Report on horse surra - Volume II, Part I
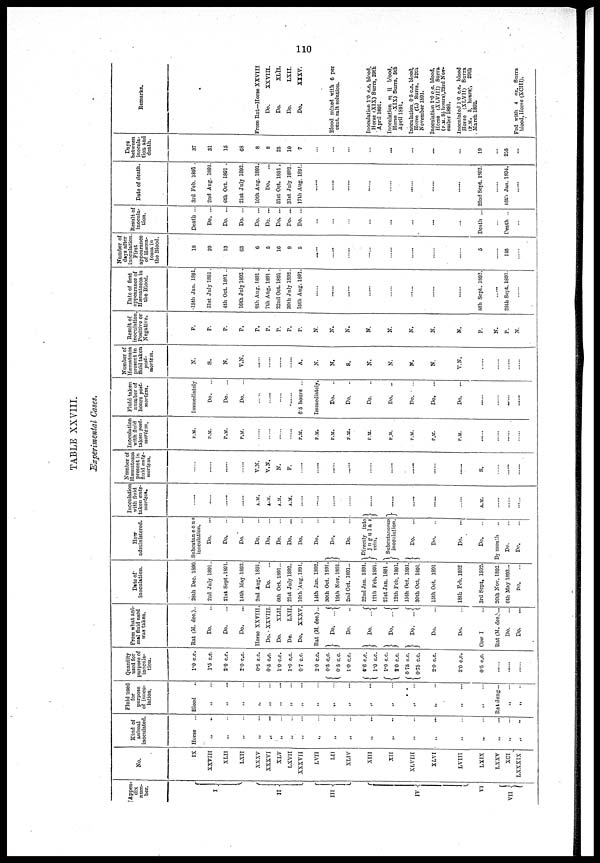
110
TABLE XXVIII.
Experimental Cases.
Appen-
dix
num-
ber.
I{
II {
III{
IV {
VI
VII {
No.
IX
XXVIII
XLII
LXII
XXXV
XXXVI
XLV
LXVII
XXXVII
LVII
LII
XLIV
XIII
XII
XLVIII
XLVI
LVIII
LXIX
LXXV
XCI
LXXXIX
Kind of
animal
inoculated.
Horse
„
„
„
„
„
„
„
„
„
„
,.
.,
„
„
„
„
„
„
„
„
Fluid used
for
purpose
of inocu-
lation.
Blood
„
„
„
„
„
„
„
„
„
„
„
„
„
„
„
„
„
Rat dung...
„
...
„
Quantity
used for
purpose of
inocula-
tion.
1.0 c.c.
1.5 c.c.
2.0 c.c.
2.0 c.c.
0.5 c.c.
0.5 c.c.
1.0.c.c,
1.0 c.c.
0.7 c.c.
2.0 c.c.
{ 0.5 c.c.
0.5 c.c.
1.0 c.c.
0.6 c.c.
{ 1.0 c.c.
{ 1.0 c.c.
2.0 c.c.
{0 75 c.c.
0.75 c.c.
2.0 c.c.
2.0 c.c.
0.5 c.c.
....
From what ani-
mal fluid used
was taken.
Rat (M. dec.)..
Do.
Do.
Do.
Horse XXVIII.
Do. XXVIII.
Do.
XLII.
Do.
LXII.
Do. XXXV.
Rat (M. dec.)...
} Do. ... {
Do.
} Do. ...{
} Do. ...{
} Do. ...{
Do.
Do.
Cow I ...
Rat(M. dec.)...
Do.
Do.
Date of
inoculation.
28th Dec. 1890.
2nd July 1891..
21st Sept. 1891.
14th May.1892.
2nd Aug. 1891.
Do.
6th Oct. 1891...
21st July 1892..
10th Aug. 1891,
14th Jan. 1892.
30th Oct. 1891.
19th Nov. 1891.
2nd Oct. 1891...
22nd Jan. 1891.
12th Feb. 1891.
21st Jan. 1891.
12th Feb. 1891.
15th Oct. 1891.
30th Oct. 1891.
15th Oct. 1891
18th Feb. 1892
3rd Sept. 1892.
20th Nov. 1892.
6th May 1893...
Do.
How
administered.
Subcutan eous
inoculation.
Do.
Do.
Do.
...
Do.
Do.
Do.
Do.
Do.
Do.
} Do.
Do.
Directly into
} jugular
} vein.
} Subcutaneous
inoculation.
}
Do.
Do.
Do.
Do.
By mouth
Do.
Do.
Inoculation
with fluid
taken ante-
mortem.
A.M.
A.M.
A.M.
A.M.
}
}
A.M.
...
...
Number of
Hæmatozoa
present in
fluid ante-
mortem.
V.N.
V.N.
N.
F.
......
S.
...
....
...
Inoculation
with fluid
taken post-
mortem.
P.M.
P.M.
P.M.
P.M.
P.M.
P.M.
P.M.
P.M.
P.M.
P.M.
P.M.
P.M.
P.M.
....
...
....
Fluid taken
number of
hours post-
mortem.
Immediately
Do.
..
Do.
Do.
6.5 hours ...
Immediately.
Do.
Do.
Do.
Do.
Do.
Do.
...
Do.
...
....
...
...
Number of
Hæmatozoa
present in
fluid taken
post-
mortem.
N.
S.
N.
V.N.
A.
N.
N.
S.
N.
N.
N.
N.
V.N.
...
...
...
Result of
inoculation
Positive or
Negative.
P.
P.
P.
P.
P.
P.
P.
P.
P.
N.
N.
N.
N.
N.
N.
N.
N.
P.
N.
P.
N.
Date of first
appearance of
Hæmatozoa in
the Blood.
15th Jan. 1891
31st July 1891.
4th Oct. 1801 ..
16th July 1892 .
8th Aug. 1891 .
7th Aug. 1891 .
22nd Oct. 1891.
30th July 1892.
15 th Aug. 1891.
.....
......
......
......
.....
......
8th Sept. 1892.
......
28th Sept. 1893.
Number of
days after
inoculation
First
appearance
of Hæma-
tozoa in
the Blood.
18
29
13
63
6
5
16
9
5
......
......
......
......
......
......
5
145
Result of
inocula-
tion.
Death ..
Do. ...
Do. ...
Do. ...
Do. ...
Do. ...
Do. ...
Do. ...
Do. ...
.....
.....
......
.....
.....
......
.......
Death ...
Death ..
Date of death.
3rd Feb. 1891
2nd Aug. 1891.
6th Oct. 1891 .
21st July 1892.
10th Aug. 1891.
Do.
31st Oct. 1891.
31st July 1892.
17th Aug. 1891.
.....
......
.....
......
.
22nd Sept. 1892.
16th Jan. 1894.
......
Days
between
inocula-
tion and
death.
37
31
15
68
8
8
25
10
7
...
...
...
...
...
...
...
...
19
255
...
Remarks.
From Rat—Horse XXVIII
Do.
XXVIII.
Do.
XLII.
Do.
LXII.
Do.
XXXV.
Blood mixed with 6 per
cent. salt solution.
Inoculation 1.0 c.c. blood,
Horse (XIX) Surra, 29th
April 1891.
Inoculation m ii blood,
Horse (XIX) Surra, 5th
April 1891.
Inoculation. 0.5 c.c. blood;
Horse (L) Surra, 12th
November 1891.
Inoculation 1.0 c.c. blood,
Horse (X LVIII) Surra
(P.M. 8½ hours),23rd Nov-
ember 1891.
Inoculated 1.0 c.c. blood
Horse (XLVII) Surra
(P.M. 5, hours), 29th
March 1892.
Fed with 4 oz. Surra
blood, Horse (XCIII).